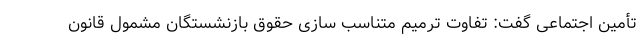
تأمین اجتماعی گفت: تفاوت ترمیم متناسب سازی حقوق بازنشستگان مشمول قانون